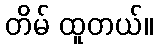
တိမ် ထူတယ်။